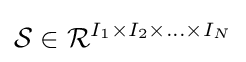
{\mathcal {S}}\in {\mathcal {R}}^{I_{1}\times I_{2}\times \ldots \times I_{N}}